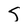
Character: S